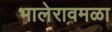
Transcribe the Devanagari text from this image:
भालेरावमळा